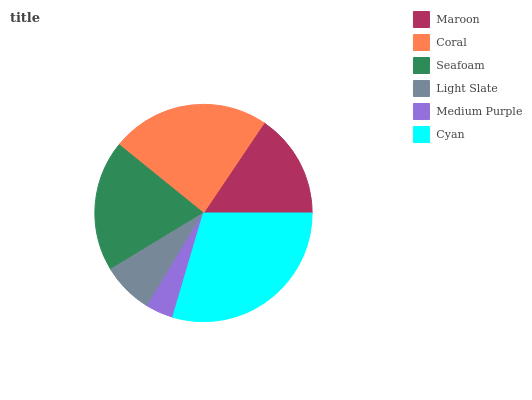
| Maroon | Coral | Seafoam | Light Slate | Medium Purple | Cyan |
 | --- | --- | --- | --- | --- | --- |
 | 15.6% | 23.5% | 19.6% | 7.65% | 4.1% | 29.6% |